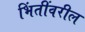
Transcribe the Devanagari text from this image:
भिंतींवरील